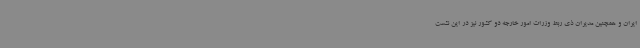
ایران و همچنین مدیران ذی ربط وزرات امور خارجه دو کشور نیز در این نشست